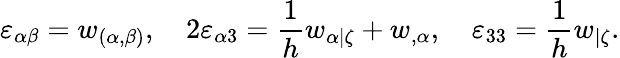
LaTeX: \varepsilon_{\alpha\beta}=w_{(\alpha,\beta)},\quad 2\varepsilon_{\alpha 3}=\frac{1}{h}w_{\alpha|\zeta}+w_{,\alpha},\quad\varepsilon_{33}=\frac{1}{h}w_{|\zeta}.